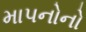
માપનોનો